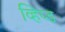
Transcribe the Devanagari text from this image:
व्हिप्ड